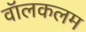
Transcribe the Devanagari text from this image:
वॉलकलम